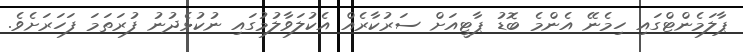
ޕާލަމެންޓްގައި ހިމެނޭ އެންމެ ބޮޑު ޕާޓީއަށް ސަރުކާރެއް އެކުލަވާލުމުގައި ނުކުޅެދުނު ފުރަތަމަ ފަހަރަށެވެ.